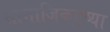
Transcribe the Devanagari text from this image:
सामाजिकदृष्या